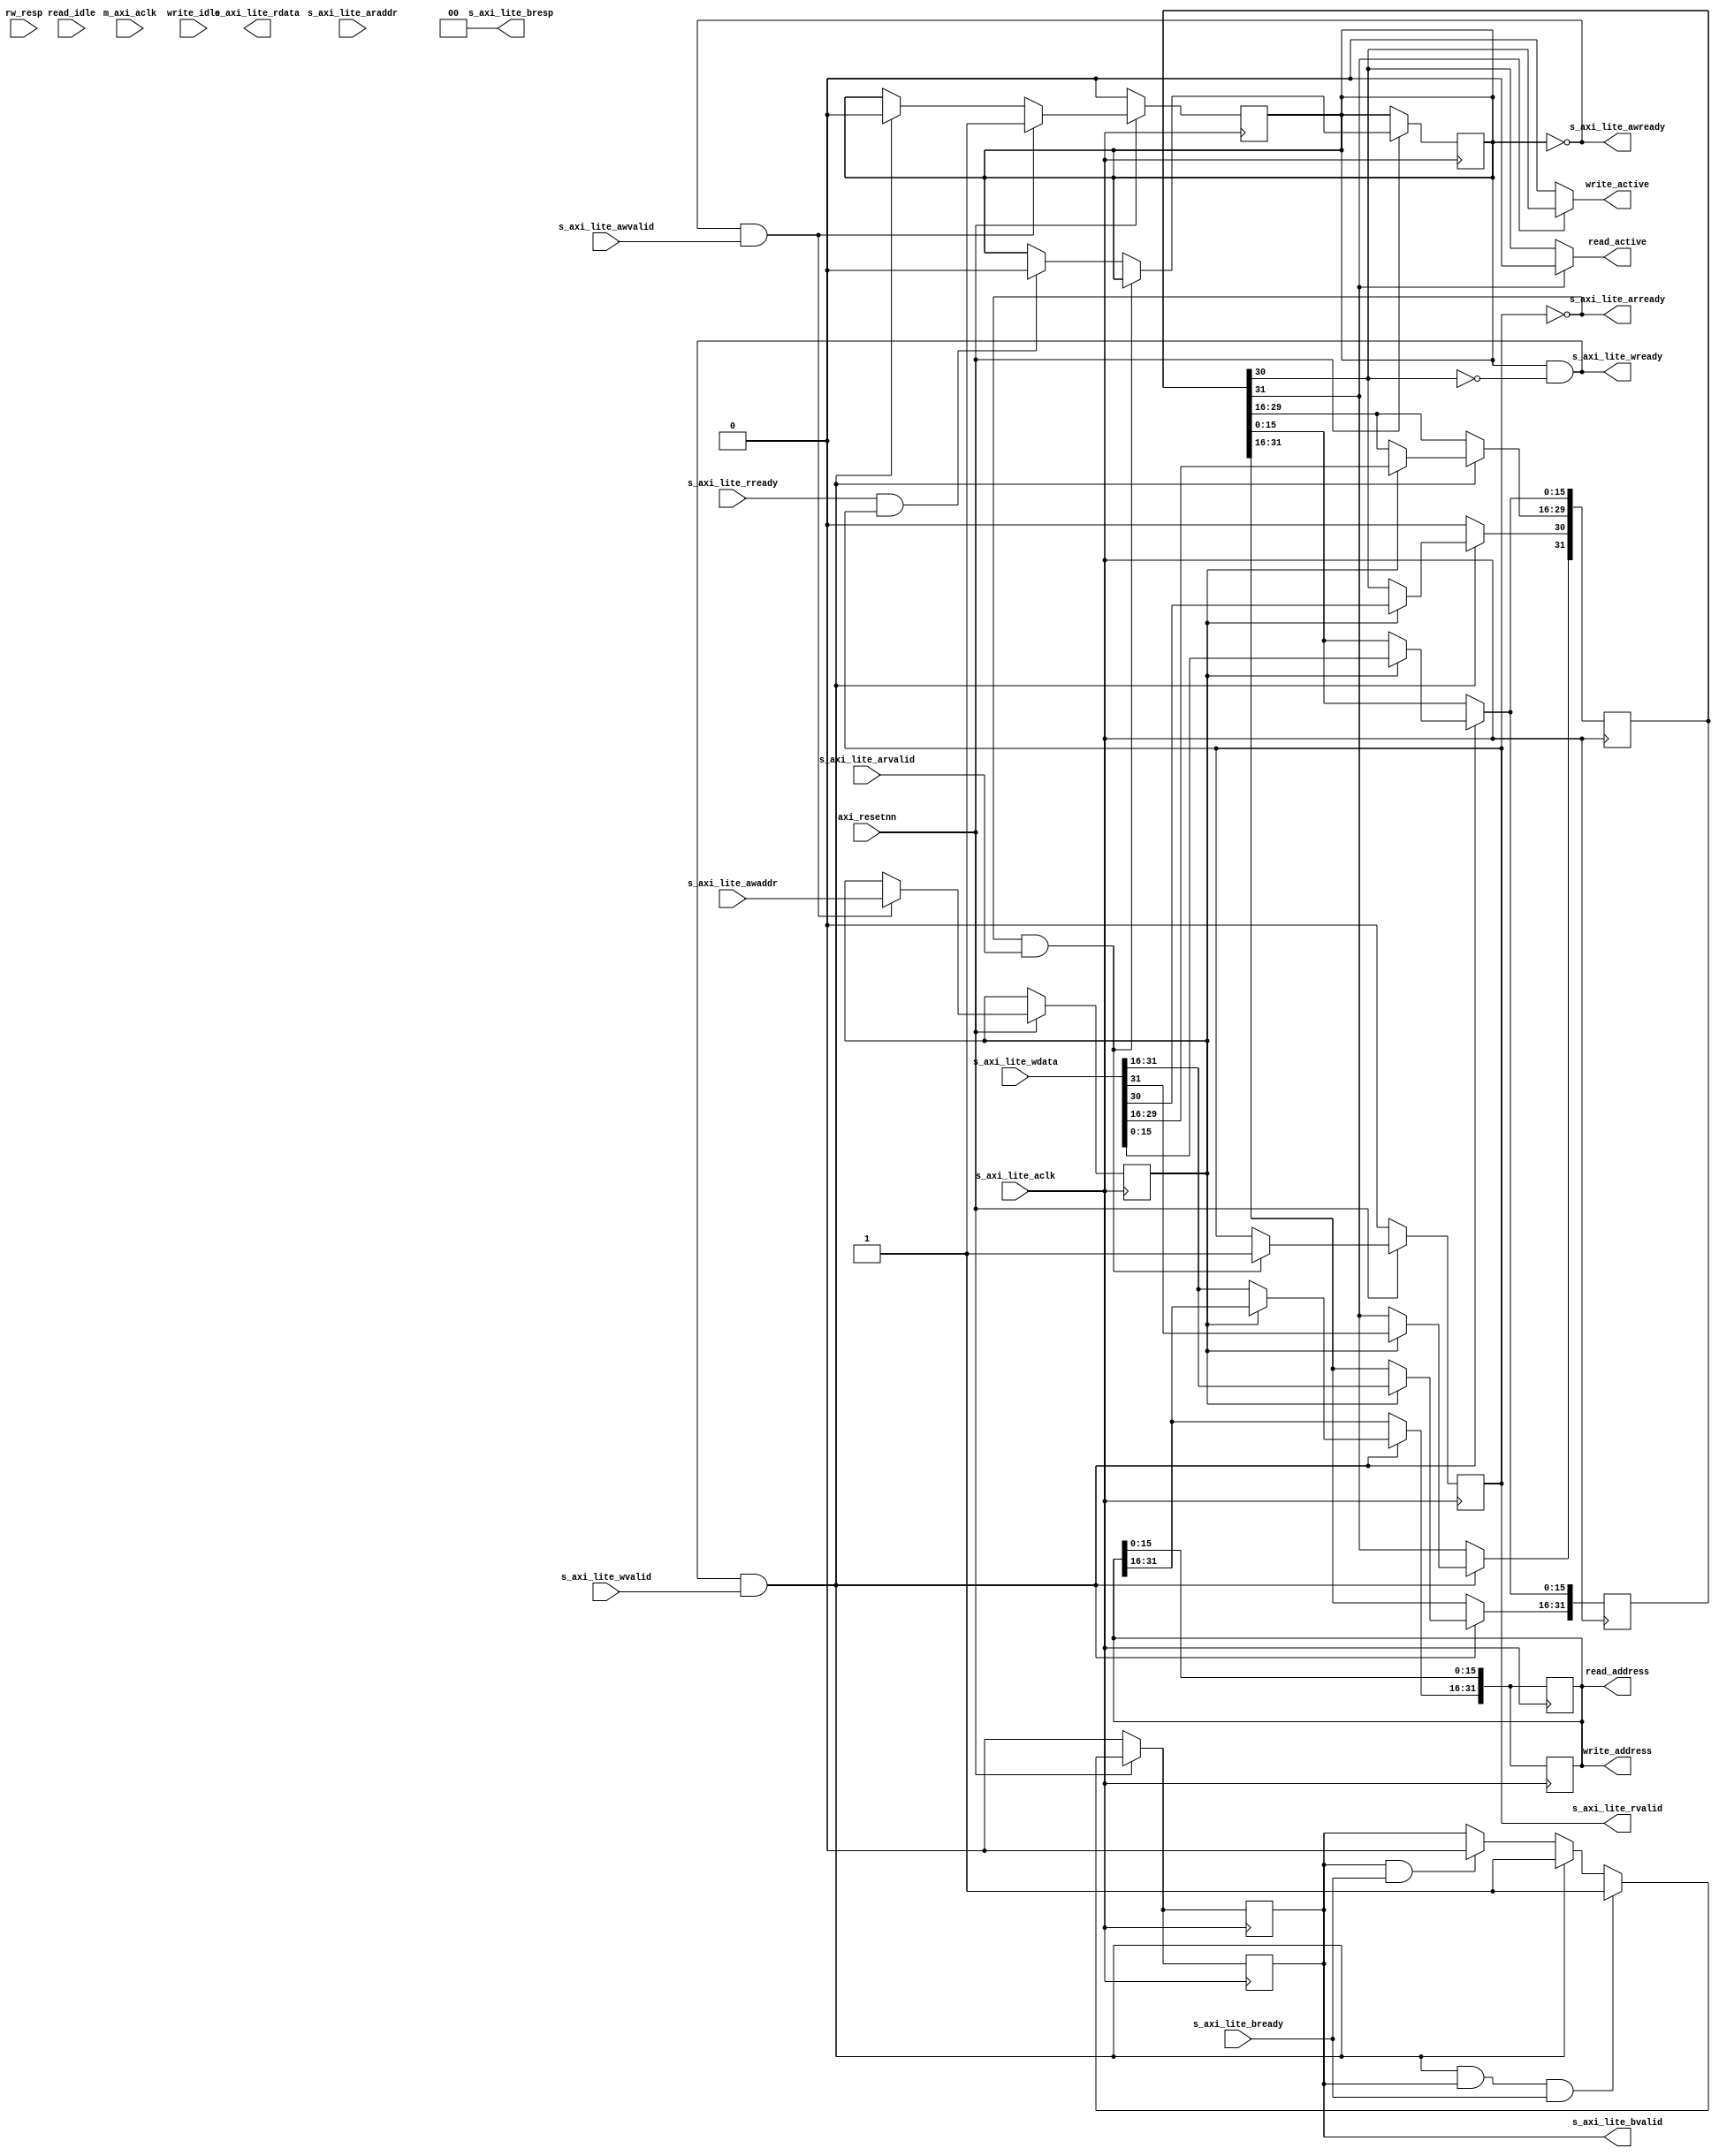
module dma_control (
    //Global Signals
	input m_axi_aclk,
	input s_axi_lite_aclk,
	
	//Reset
	input axi_resetnn,

    //DMA control signals
    output read_active,
    output [31:0] read_address,
    input read_idle,

    output write_active,
    output [31:0] write_address,
    input write_idle,

    input [3:0] rw_resp,

    ////////////////////////////////////
	//AXI Lite
	////////////////////////////////////
	//S_AXI_LITE Write Address (AW) Channel
	input s_axi_lite_awaddr,
	output s_axi_lite_awready,
	input s_axi_lite_awvalid,
	
	//S_AXI_LITE Write Channel
	input [31:0] s_axi_lite_wdata,
	output s_axi_lite_wready,
	input s_axi_lite_wvalid,
	
	//S_AXI_LITE Write Response Channel
	input s_axi_lite_bready,
	output [1:0] s_axi_lite_bresp,
	output s_axi_lite_bvalid,
	
	//S_AXI_LITE Read Address (AR) Channel
	input s_axi_lite_araddr,
	output s_axi_lite_arready,
	input s_axi_lite_arvalid,
	
	//S_AXI_LITE Read Channel
	output [31:0] s_axi_lite_rdata,
	input s_axi_lite_rready,
	output s_axi_lite_rvalid
	
);
	//0 -> Target address
    //1 -> Command[31:16] / Status[15:0]
    //Command(Write only) - R/W [31], assert [30]
    //Status(Read only) - Read idle [15], write idle [14], r/w response [13:10]
    localparam READ = 1'b0;
    localparam WRITE = 1'b1;


	reg [31:0] data_reg [1:0];

	
	reg write_addr_buffer;
	reg has_write_addr;
	reg write_successful;

    reg read_addr_buffer;
	reg has_read_addr;
	
	//DMA control signal settings
	assign read_address = data_reg[0];
	assign write_address = data_reg[0];

						// R/W select               //assert
	assign read_active = (data_reg[1][31]) ? 1'b0 : (data_reg[1][30]);
	assign write_active = (data_reg[1][31]) ? (data_reg[1][30]) : 1'b0;

	always @(*) begin
		//Read idle and Write idle
		data_reg[1][15:14] = {read_idle, write_idle};
		data_reg[1][13:10] = rw_resp;
	end


	//Get Write Address
	assign s_axi_lite_awready = ~has_write_addr;
	always @(posedge s_axi_lite_aclk) begin
		//reset
		if(~axi_resetnn) begin
			has_write_addr <= 0;
		end
		
		else begin
		//Transaction Happened
			if(s_axi_lite_awready & s_axi_lite_awvalid) begin
				has_write_addr <= 1;
				write_addr_buffer <= s_axi_lite_awaddr;
			end
		//Write Happened
			else if (s_axi_lite_wready & s_axi_lite_wvalid) begin
				has_write_addr <= 0;
			end
		end
	end
	
	//Get Data to Write
	assign s_axi_lite_wready = has_write_addr && ~data_reg[1][30];
	always @(posedge s_axi_lite_aclk) begin
		if(s_axi_lite_wready & s_axi_lite_wvalid) begin
            if(write_addr_buffer)
			    data_reg[write_addr_buffer] <= s_axi_lite_wdata;
            else
                data_reg[write_addr_buffer][31:16] <= s_axi_lite_wdata[31:16];
		end
		else
			data_reg[1][30] <= 1'b0;
	end
	
	//Send Write response
	assign s_axi_lite_bvalid = write_successful;
	assign s_axi_lite_bresp = 2'b00;
	always @(posedge s_axi_lite_aclk) begin
		if(~axi_resetnn) begin
			write_successful <= 0;
		end
		else begin
		//write and write response happens simultaneously
			if (s_axi_lite_wready & s_axi_lite_wvalid & s_axi_lite_bvalid & s_axi_lite_bready) begin
				write_successful <= 1;
			end
			else if(s_axi_lite_wready & s_axi_lite_wvalid) begin
				write_successful <= 1;
			end
			else if(s_axi_lite_bvalid & s_axi_lite_bready) begin
				write_successful <= 0;
			end
		end
		
	end



    ////////////////////////////////////    
	//AXI Lite - Read
	////////////////////////////////////

    //Get Read Address
	assign s_axi_lite_arready = ~has_read_addr;
	always @(posedge s_axi_lite_aclk) begin
		//reset
		if(~axi_resetnn) begin
			has_read_addr <= 0;
		end
		
		else begin
		//Transaction Happened
			if(s_axi_lite_arready & s_axi_lite_arvalid) begin
				has_read_addr <= 1;
				read_addr_buffer <= s_axi_lite_araddr;
			end
		//Read Happened
			else if (s_axi_lite_rready & s_axi_lite_rvalid) begin
				has_write_addr <= 0;
			end
		end
	end
	
	//Get Data to Read
	assign s_axi_lite_rvalid = has_read_addr;
	always @(posedge s_axi_lite_aclk) begin
		if(s_axi_lite_wready & s_axi_lite_wvalid) begin
            if(write_addr_buffer)
			    data_reg[write_addr_buffer] <= s_axi_lite_wdata;
            else
                data_reg[write_addr_buffer][31:16] <= s_axi_lite_wdata[31:16];
		end
	end
	
	//Send Write response
	assign s_axi_lite_bvalid = write_successful;
	assign s_axi_lite_bresp = 2'b00;
	always @(posedge s_axi_lite_aclk) begin
		if(~axi_resetnn) begin
			write_successful <= 0;
		end
		else begin
		//write and write response happens simultaneously
			if (s_axi_lite_wready & s_axi_lite_wvalid & s_axi_lite_bvalid & s_axi_lite_bready) begin
				write_successful <= 1;
			end
			else if(s_axi_lite_wready & s_axi_lite_wvalid) begin
				write_successful <= 1;
			end
			else if(s_axi_lite_bvalid & s_axi_lite_bready) begin
				write_successful <= 0;
			end
		end
		
	end


endmodule